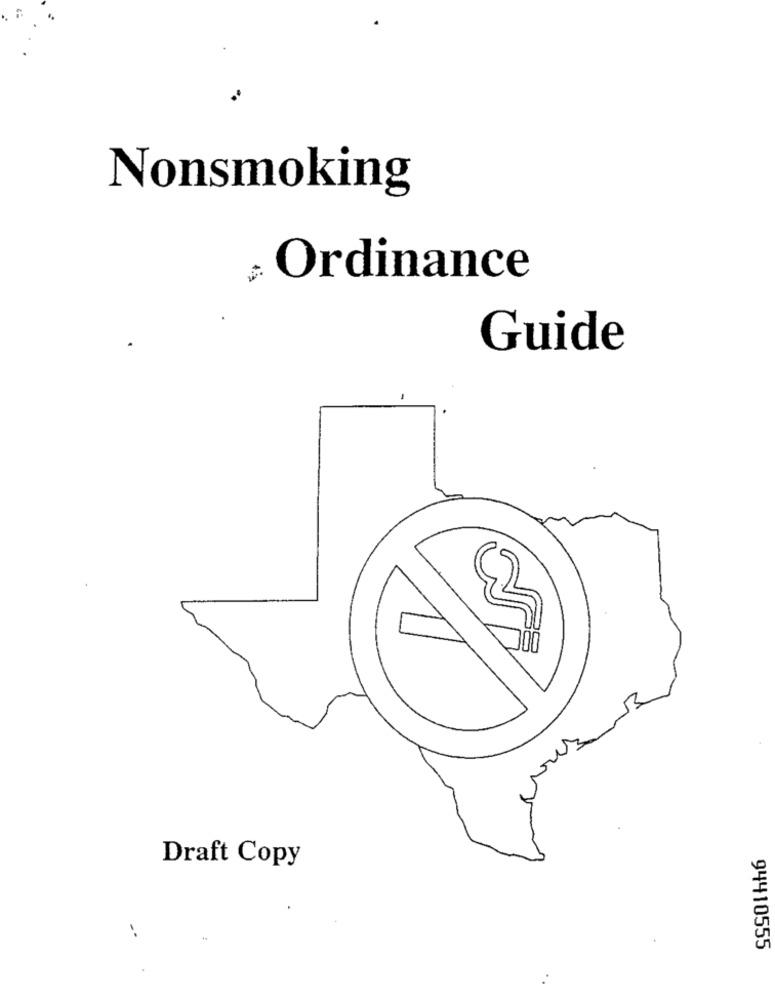
Nonsmoking
„ Ordinance
Guide
Draft Copy
94410555